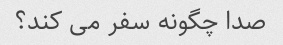
صدا چگونه سفر می کند؟